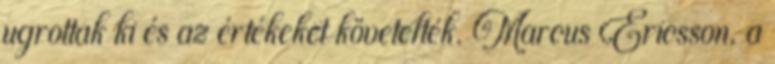
ugrottak ki és az értékeket követelték. Marcus Ericsson, a